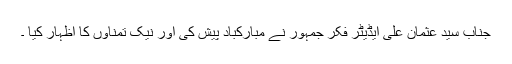
جناب سید عثمان علی ایڈیٹر فکر جمہور نے مبارکباد پیش کی اور نیک تمناوں کا اظہار کیا ۔